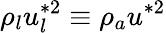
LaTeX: \rho_{l}u_{l}^{*2}\equiv\rho_{a}u^{*2}